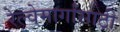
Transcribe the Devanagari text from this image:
रेल्वेमार्गांसाठी